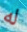
له